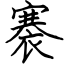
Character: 褰